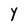
Character: Y